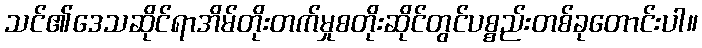
သင်၏ဒေသဆိုင်ရာအိမ်တိုးတက်မှုစတိုးဆိုင်တွင်ပစ္စည်းတစ်ခုတောင်းပါ။